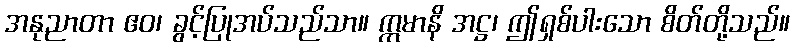
အနုညာတာ ဧဝ၊ ခွင့်ပြုအပ်သည်သာ။ ဣမာနိ အဋ္ဌ၊ ဤရှစ်ပါးသော စိတ်တို့သည်။